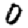
Digit: 0